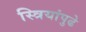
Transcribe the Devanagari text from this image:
स्त्रियांपुढे